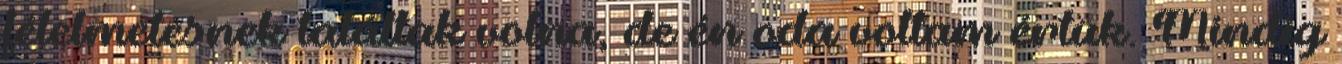
félelmetesnek találtak volna, de én oda voltam értük. Mindig